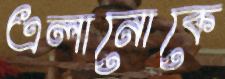
এলানোকে